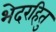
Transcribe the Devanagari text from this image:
भेदरहितु